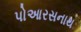
પોઆરસનાથ